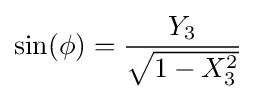
\sin(\phi )={\frac {Y_{3}}{\sqrt {1-X_{3}^{2}}}}